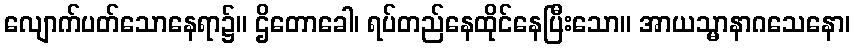
လျောက်ပတ်သောနေရာ၌။ ဌိတောခေါ၊ ရပ်တည်နေထိုင်နေပြီးသော။ အာယသ္မာနာဂသေနော၊